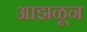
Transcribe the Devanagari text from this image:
आझळून